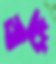
জরু